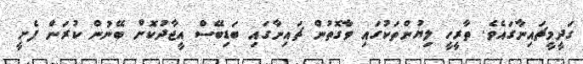
ގަދީމީޗައިނާގައެވެ. ތާރީހީ ލިޔުންތަކުގައި ވާގޮތުން ޗައިނާގައި ބަޑިބޭސް އީޖާދުކޮށް ބޭނުން ކުރަން ފެށީ